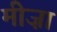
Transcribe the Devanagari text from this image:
मीज़ा